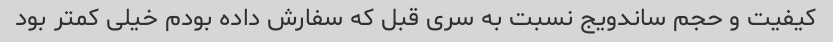
کیفیت و حجم ساندویج نسبت به سری قبل که سفارش داده بودم خیلی کمتر بود